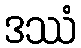
ဒဿံ